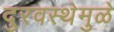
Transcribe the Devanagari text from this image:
दुरवस्थेमुळे